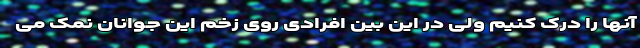
آنها را درک کنیم ولی در این بین افرادی روی زخم این جوانان نمک می‌